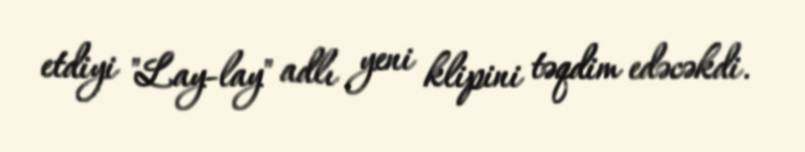
etdiyi "Lay-lay" adlı yeni klipini təqdim edəcəkdi.